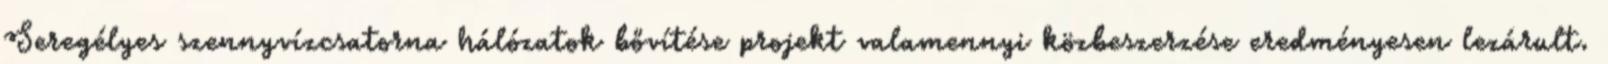
Seregélyes szennyvízcsatorna hálózatok bővítése projekt valamennyi közbeszerzése eredményesen lezárult.